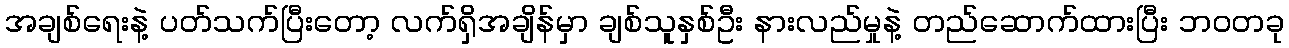
အချစ်ရေးနဲ့ ပတ်သက်ပြီးတော့ လက်ရှိအချိန်မှာ ချစ်သူနှစ်ဦး နားလည်မှုနဲ့ တည်ဆောက်ထားပြီး ဘဝတခု